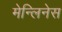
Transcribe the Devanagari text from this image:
मेन्लिनेस